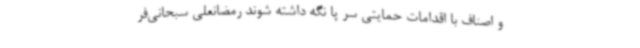
و اصناف با اقدامات حمایتی سر پا نگه داشته شوند رمضانعلی سبحانی‌فر